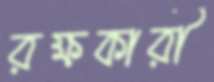
রক্ষকারী